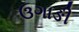
ઉગાઙી